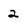
Character: 2